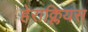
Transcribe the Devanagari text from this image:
हेराक्लियस